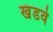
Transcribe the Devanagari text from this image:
खंडवे